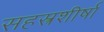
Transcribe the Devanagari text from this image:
सहस्त्रशीर्षा